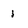
Character: i